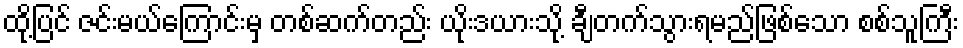
ထို့ပြင် ဇင်းမယ်ကြောင်းမှ တစ်ဆက်တည်း ယိုးဒယားသို့ ချီတက်သွားရမည်ဖြစ်သော စစ်သူကြီး